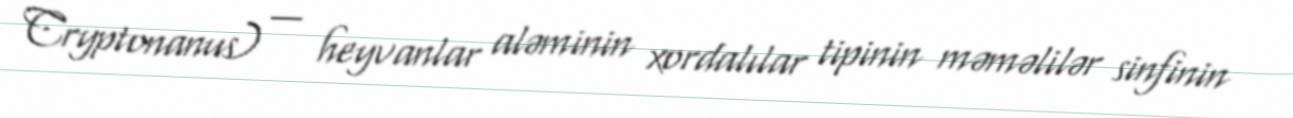
Cryptonanus) — heyvanlar aləminin xordalılar tipinin məməlilər sinfinin